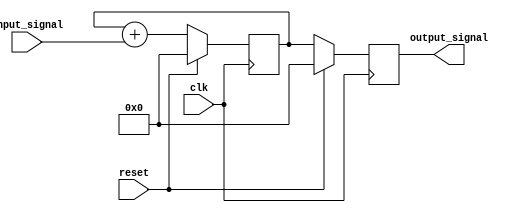
module reset_condition_example (
    input wire clk,                // Clock signal
    input wire reset,              // Active high reset signal
    input wire [3:0] input_signal, // Example input signal
    output reg [7:0] output_signal  // Example output signal
);

// State variables (flip-flops)
reg [7:0] state_var;

// Synchronous reset logic
always @(posedge clk) begin
    if (reset) begin
        // Initialize state variables to predefined values
        state_var <= 8'b00000000; // Example initial value
        output_signal <= 8'b00000000; // Outputs reset to zero
    end else begin
        // Normal operation logic (example state transition)
        state_var <= state_var + input_signal; // Increment state_var based on input_signal
        output_signal <= state_var; // Drive output signal based on state_var
    end
end

endmodule